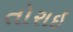
તોરાઇ